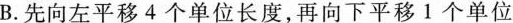
B.先向左平移4个单位长度，再向下平移1个单位